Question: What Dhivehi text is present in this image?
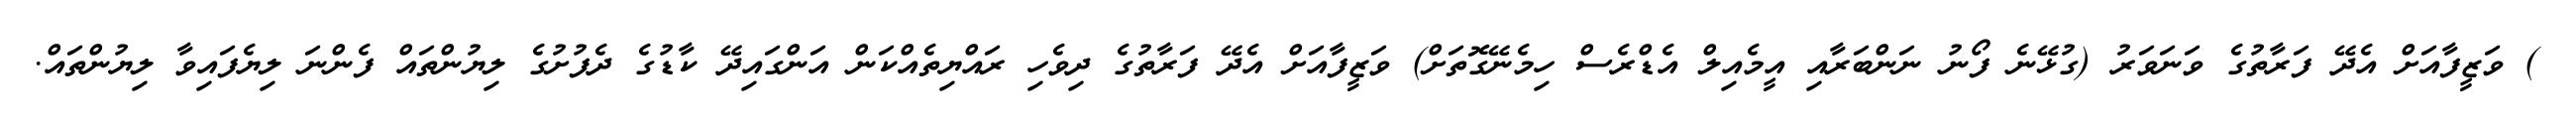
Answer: ) ވަޒީފާއަށް އެދޭ ފަރާތުގެ ވަނަވަރު (ގުޅޭނެ ފޯނު ނަންބަރާއި އީމެއިލް އެޑްރެސް ހިމެނޭގޮތަށް) ވަޒީފާއަށް އެދޭ ފަރާތުގެ ދިވެހި ރައްޔިތެއްކަން އަންގައިދޭ ކާޑުގެ ދެފުށުގެ ލިޔުންތައް ފެންނަ ލިޔެފައިވާ ލިޔުންތައް.